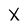
Character: X